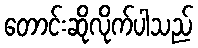
တောင်းဆိုလိုက်ပါသည်